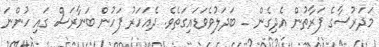
މަދަރުސާގެ ފަރާތުން އެދިގެން _ ބަދަލުވެވަޑައިގަތެވެ. ދެއަހަރު ފަހުން ބަނާރަސް ގައި ހުންނަ